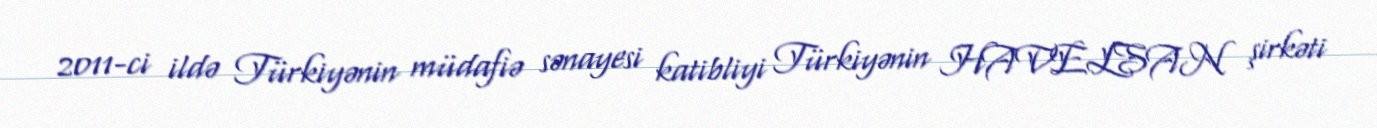
2011-ci ildə Türkiyənin müdafiə sənayesi katibliyi Türkiyənin HAVELSAN şirkəti